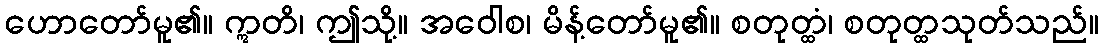
ဟောတော်မူ၏။ ဣတိ၊ ဤသို့။ အဝေါစ၊ မိန့်တော်မူ၏။ စတုတ္ထံ၊ စတုတ္ထသုတ်သည်။